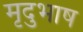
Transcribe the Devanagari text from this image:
मृदुभाष